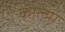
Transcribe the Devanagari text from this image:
काल्या